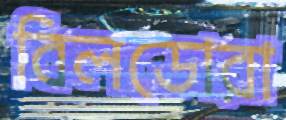
বিলডোরা